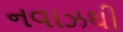
નવાઝથી